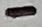
Text: -